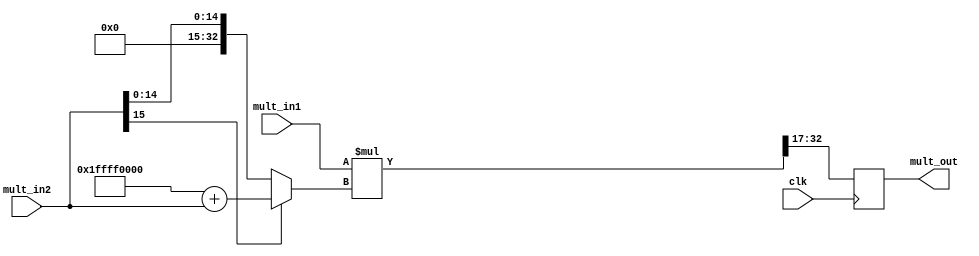
//This model is use for multiply 
module Mult(clk,mult_in1, mult_in2,mult_out);
  input   clk;
  input   [16:0] mult_in1;
  input   [15:0] mult_in2;
  output  reg [15:0] mult_out;
  
  reg     [32:0] x;
  reg     [32:0] tmp; 
 
always @(posedge clk) 
  begin
   x = mult_in2[15]?33'h1ffff0000+mult_in2:mult_in2;//detect sign bit
   tmp      = mult_in1*x;
   mult_out = tmp[32:17];//output(5IB+11FB)  
  end
endmodule